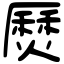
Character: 㷴